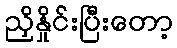
ညှိနှိုင်းပြီးတော့